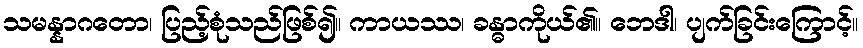
သမန္နာဂတော၊ ပြည့်စုံသည်ဖြစ်၍။ ကာယဿ၊ ခန္ဓာကိုယ်၏။ ဘေဒါ၊ ပျက်ခြင်းကြောင့်။